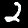
Digit: 2